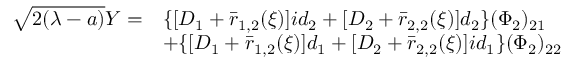
\begin{array} { r l } { \sqrt { 2 ( \lambda - a ) } Y = } & { \{ [ D _ { 1 } + \bar { r } _ { 1 , 2 } ( \xi ) ] i d _ { 2 } + [ D _ { 2 } + \bar { r } _ { 2 , 2 } ( \xi ) ] d _ { 2 } \} ( \Phi _ { 2 } ) _ { 2 1 } } \\ & { + \{ [ D _ { 1 } + \bar { r } _ { 1 , 2 } ( \xi ) ] d _ { 1 } + [ D _ { 2 } + \bar { r } _ { 2 , 2 } ( \xi ) ] i d _ { 1 } \} ( \Phi _ { 2 } ) _ { 2 2 } } \end{array}